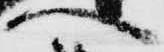
へ